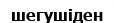
шегушіден